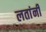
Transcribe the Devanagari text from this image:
लतांनी